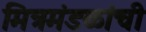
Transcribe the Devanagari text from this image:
मित्रमंडळांची